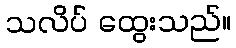
သလိပ် ထွေးသည်။